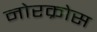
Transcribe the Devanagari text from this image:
नोरक्रोस